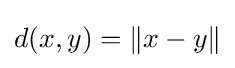
d(x,y)=\|x-y\|